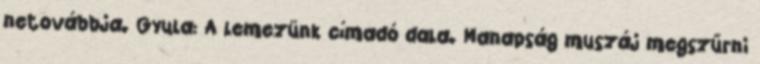
netovábbja. Gyula: A lemezünk címadó dala. Manapság muszáj megszűrni